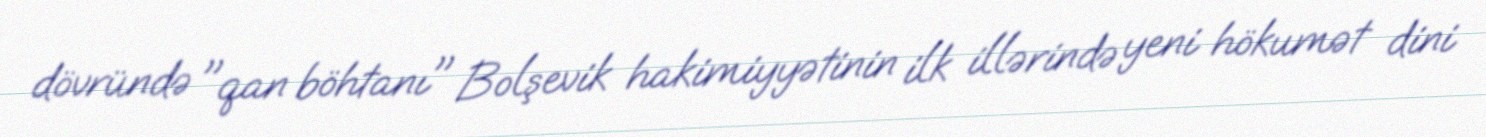
dövründə "qan böhtanı" Bolşevik hakimiyyətinin ilk illərində yeni hökumət dini